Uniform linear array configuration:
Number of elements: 12
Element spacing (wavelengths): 0.25
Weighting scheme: cosine
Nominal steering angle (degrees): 30
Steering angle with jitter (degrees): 29.345
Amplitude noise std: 0.05
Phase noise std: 0.05

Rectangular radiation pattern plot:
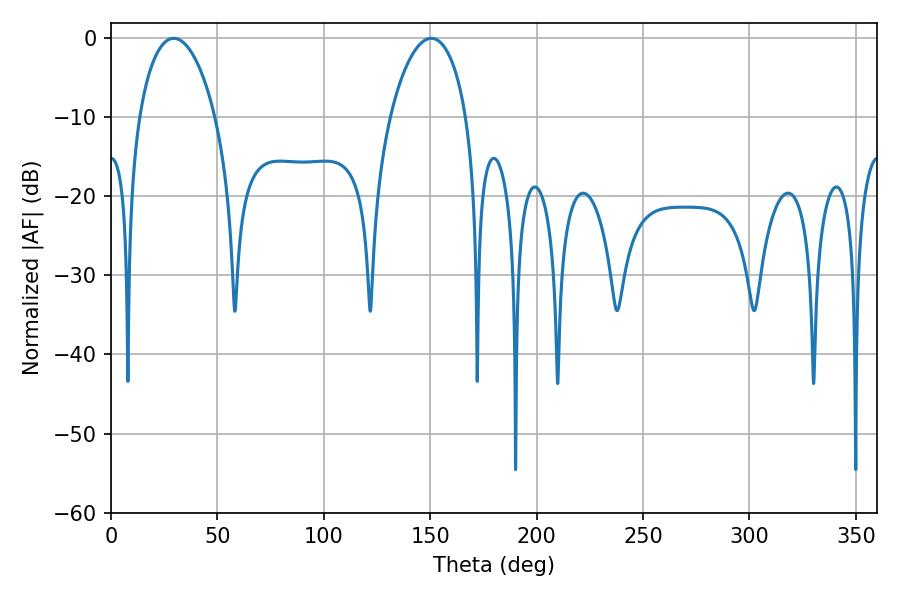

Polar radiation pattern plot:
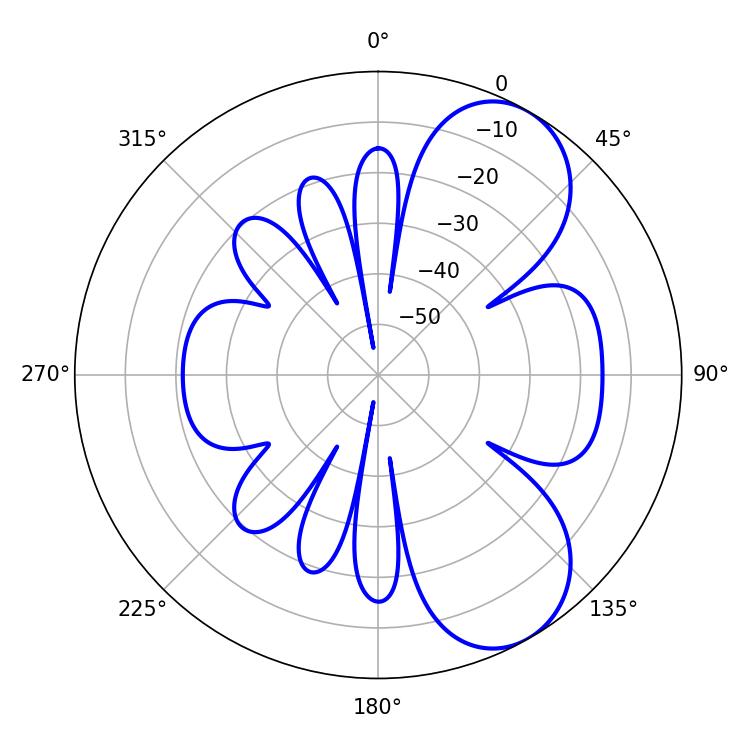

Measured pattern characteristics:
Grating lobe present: FALSE
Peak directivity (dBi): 7.167
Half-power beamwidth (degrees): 20.34
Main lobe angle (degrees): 29.52